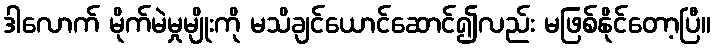
ဒါလောက် မိုက်မဲမှုမျိုးကို မသိချင်ယောင်ဆောင်၍လည်း မဖြစ်နိုင်တော့ပြီ။